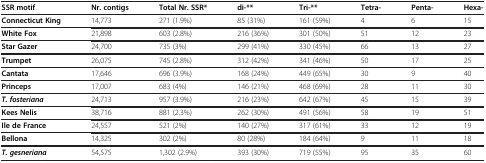
<table><thead><tr><td><b>SSR motif</b></td><td><b>Nr. contigs</b></td><td><b>Total Nr. SSR*</b></td><td><b>di-**</b></td><td><b>Tri-**</b></td><td><b>Tetra-</b></td><td><b>Penta-</b></td><td><b>Hexa-</b></td></tr></thead><tbody><tr><td><b>Connecticut King</b></td><td>14,773</td><td>271 (1.9%)</td><td>85 (31%)</td><td>161 (59%)</td><td>4</td><td>6</td><td>15</td></tr><tr><td><b>White Fox</b></td><td>21,898</td><td>603 (2.8%)</td><td>216 (36%)</td><td>301 (50%)</td><td>51</td><td>12</td><td>23</td></tr><tr><td><b>Star Gazer</b></td><td>24,700</td><td>735 (3%)</td><td>299 (41%)</td><td>330 (45%)</td><td>66</td><td>13</td><td>27</td></tr><tr><td><b>Trumpet</b></td><td>26,075</td><td>745 (2.8%)</td><td>312 (42%)</td><td>341 (46%)</td><td>50</td><td>17</td><td>25</td></tr><tr><td><b>Cantata</b></td><td>17,646</td><td>696 (3.9%)</td><td>168 (24%)</td><td>449 (65%)</td><td>30</td><td>9</td><td>40</td></tr><tr><td><b>Princeps</b></td><td>17,007</td><td>683 (4%)</td><td>146 (21%)</td><td>468 (69%)</td><td>28</td><td>11</td><td>30</td></tr><tr><td><b><i>T. fosteriana</i></b></td><td>24,713</td><td>957 (3.9%)</td><td>216 (23%)</td><td>642 (67%)</td><td>45</td><td>15</td><td>39</td></tr><tr><td><b>Kees Nelis</b></td><td>38,716</td><td>881 (2.3%)</td><td>262 (30%)</td><td>491 (56%)</td><td>58</td><td>19</td><td>51</td></tr><tr><td><b>Ile de France</b></td><td>24,557</td><td>521 (2%)</td><td>140 (27%)</td><td>317 (61%)</td><td>33</td><td>12</td><td>19</td></tr><tr><td><b>Bellona</b></td><td>14,325</td><td>302 (2%)</td><td>80 (28%)</td><td>184 (64%)</td><td>9</td><td>11</td><td>18</td></tr><tr><td><b><i>T. gesneriana</i></b></td><td>54,575</td><td>1,302 (2.9%)</td><td>393 (30%)</td><td>719 (55%)</td><td>95</td><td>35</td><td>60</td></tr></tbody></table>